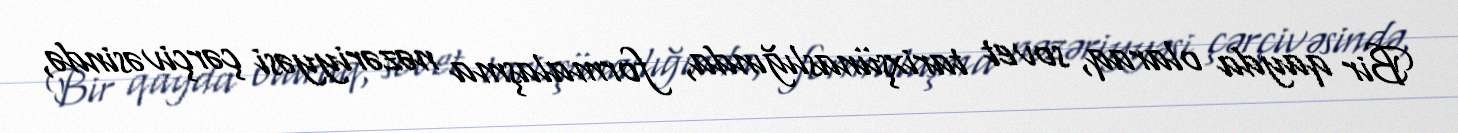
Bir qayda olaraq, sovet tarixşünaslığında, formalaşma nəzəriyyəsi çərçivəsində,